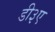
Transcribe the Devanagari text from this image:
डी३ए